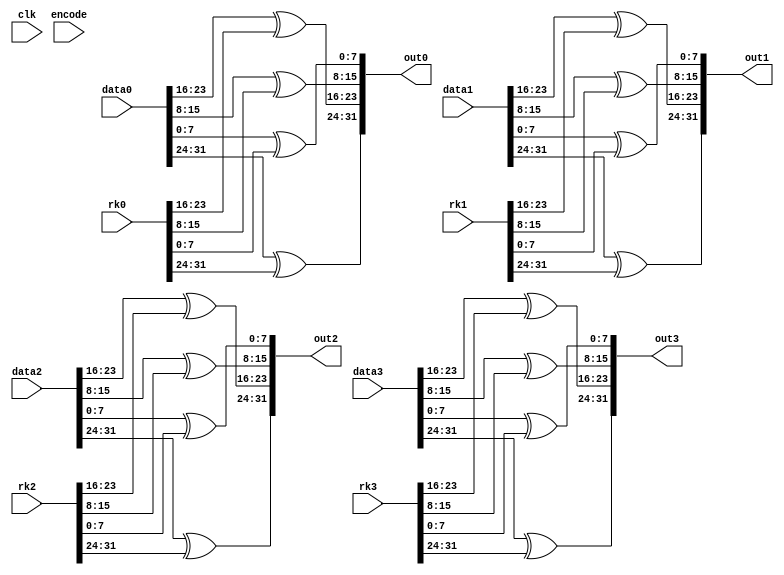
module addroundkey (input clk, input encode, input [31:0]rk0, input [31:0]rk1, input [31:0]rk2, input [31:0]rk3, 
                     input [31:0]data0, input [31:0]data1, input [31:0]data2, input [31:0]data3,
                     output [31:0]out0, output [31:0]out1, output [31:0]out2, output [31:0]out3);

  assign out0[31:24] = data0[31:24] ^ rk0[31:24];
  assign out1[31:24] = data1[31:24] ^ rk1[31:24];
  assign out2[31:24] = data2[31:24] ^ rk2[31:24];
  assign out3[31:24] = data3[31:24] ^ rk3[31:24];

  assign out0[23:16] = data0[23:16] ^ rk0[23:16];
  assign out1[23:16] = data1[23:16] ^ rk1[23:16];
  assign out2[23:16] = data2[23:16] ^ rk2[23:16];
  assign out3[23:16] = data3[23:16] ^ rk3[23:16];
  
  assign out0[15:8] = data0[15:8] ^ rk0[15:8];
  assign out1[15:8] = data1[15:8] ^ rk1[15:8];
  assign out2[15:8] = data2[15:8] ^ rk2[15:8];
  assign out3[15:8] = data3[15:8] ^ rk3[15:8];

  assign out0[7:0] = data0[7:0] ^ rk0[7:0];
  assign out1[7:0] = data1[7:0] ^ rk1[7:0];
  assign out2[7:0] = data2[7:0] ^ rk2[7:0];
  assign out3[7:0] = data3[7:0] ^ rk3[7:0];
  
endmodule